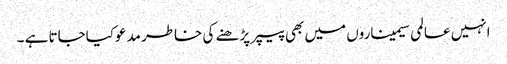
انہیں عالمی سیمیناروں میں بھی پیپر پڑھنے کی خاطر مدعوکیاجاتا ہے ۔